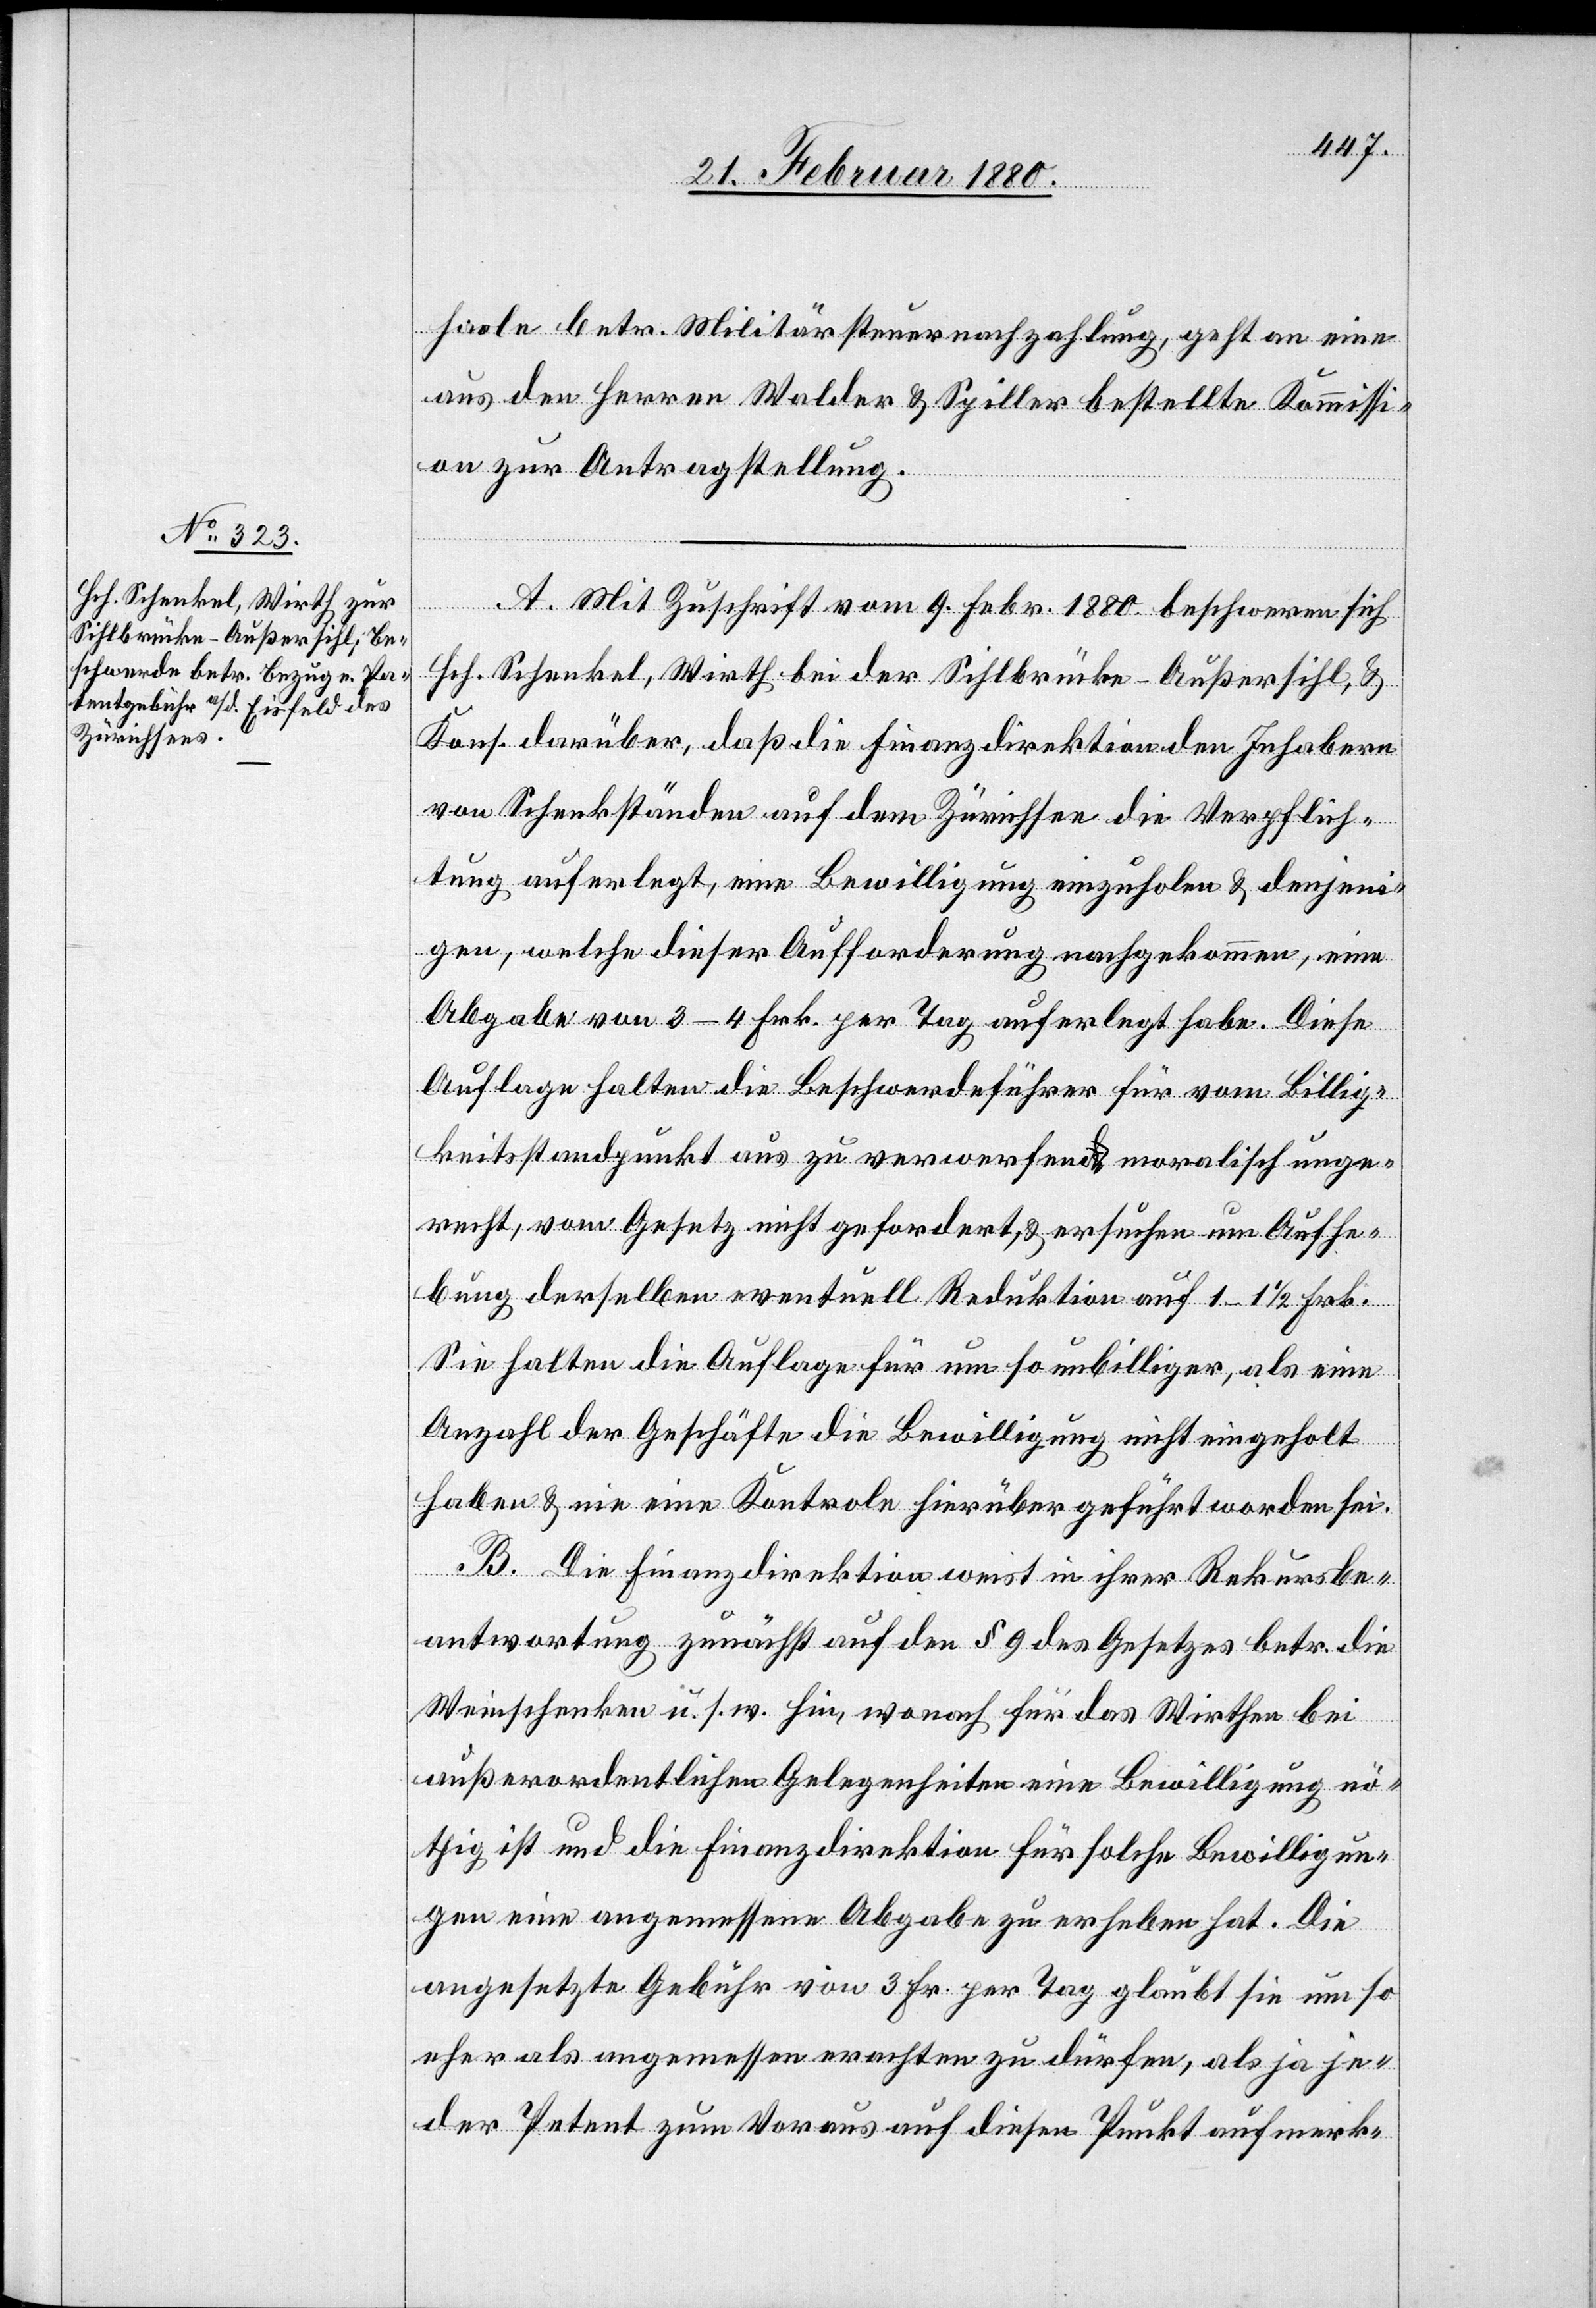
hasle betr. Militärsteuernachzahlung, geht an eine
aus den Herren Walder & Spiller bestellte Kommissi¬
A. Mit Zuschrift vom 9. Febr. 1880 beschweren sich
Hch. Schenkel, Wirth bei der Sihlbrücke - Außersihl, &
Kons. darüber, daß die Finanzdirektion den Inhabern
von Schenkständen auf dem Zürichsee die Verpflich¬
tung auferlegt, eine Bewilligung einzuholen & denjeni¬
gen, welche dieser Aufforderung nachgekommen, eine
Abgabe von 3–4 Frk. per Tage auferlegt habe. Diese
Auflage halten die Beschwerdeführer für vom Billig¬
keitsstandpunkte aus zu verwerfen, moralisch unge¬
recht, vom Gesetz nicht gefordert, & ersuchen um Aufhe¬
bung derselben eventuell Reduktion auf 1–1 1/2 Frk.
Sie halten die Auflage für um so unbilliger, als eine
Anzahl der Geschäfte die Bewilligung nicht eingeholt
haben / nie eine Kontrole hierüber geführt worden sei.
on.
B. Die Finanzdirektion weist in ihrer Rekursbe¬
antwortung zunächst auf den § 9 des Gesetzes betr. die
Weinschenken u. s. w. hin, wonach für das Wirthen bei
außerordentlichen Gelegenheiten eine Bewilligung nö¬
thig ist und die Finanzdirektion für solche Bewilligun¬
gen eine angemessene Abgabe zu erheben hat. Die
angesetzte Gebühr von 3 Fr. per Tag glaubt sie um so
eher als angemessen erachten zu dürfen, als ja je¬
der Petent zum Voraus auf diesen Punkt aufmerk-